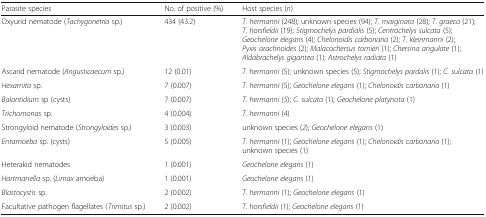
<table><thead><tr><td><b>Parasite species</b></td><td><b>No. of positive (%)</b></td><td><b>Host species (<i>n</i>)</b></td></tr></thead><tbody><tr><td>Oxyurid nematode (<i>Tachygonetria</i> sp.)</td><td>434 (43.2)</td><td><i>T. hermanni</i> (248); unknown species (94); <i>T. marginata</i> (28); <i>T. graeca</i> (21); <i>T. horsfieldii</i> (19); <i>Stigmochelys pardialis</i> (5); <i>Centrochelys sulcata</i> (5); <i>Geochelone elegans</i> (4); <i>Chelonoidis carbonaria</i> (2); <i>T. kleinmanni</i> (2); <i>Pyxis arachnoides</i> (2); <i>Malacochersus tornieri</i> (1); <i>Chersina angulate</i> (1); <i>Aldabrachelys gigantea</i> (1); <i>Astrochelys radiata</i> (1)</td></tr><tr><td>Ascarid nematode (<i>Angusticaecum</i> sp.)</td><td>12 (0.01)</td><td><i>T. hermanni</i> (5); unknown species (5); <i>Stigmochelys pardalis</i> (1); <i>C. sulcata</i> (1)</td></tr><tr><td><i>Hexamita</i> sp.</td><td>7 (0.007)</td><td><i>T. hermanni</i> (5); <i>Geochelone elegans</i> (1); <i>Chelonoidis carbonaria</i> (1)</td></tr><tr><td><i>Balantidium</i> sp (cysts)</td><td>7 (0.007)</td><td><i>T. hermanni</i> (<i>5</i>); <i>C. sulcata</i> (1); <i>Geochelone platynota</i> (1)</td></tr><tr><td><i>Trichomonas</i> sp.</td><td>4 (0.004)</td><td><i>T. hermanni</i> (4)</td></tr><tr><td>Strongyloid nematode (<i>Strongyloides</i> sp.)</td><td>3 (0.003)</td><td>unknown species (<i>2</i>); <i>Geochelone elegans</i> (1)</td></tr><tr><td><i>Entamoeba</i> sp. (cysts)</td><td>5 (0.005)</td><td><i>T. hermanni</i> (1); <i>Geochelone elegans</i> (1); <i>Chelonoidis carbonaria</i> (1); unknown species (1)</td></tr><tr><td>Heterakid nematodes</td><td>1 (0.001)</td><td><i>Geochelone elegans</i> (1)</td></tr><tr><td><i>Hartmanella</i> sp. (<i>Limax</i> amoeba)</td><td>1 (0.001)</td><td><i>Geochelone elegans</i> (1)</td></tr><tr><td><i>Blastocystis</i> sp.</td><td>2 (0.002)</td><td><i>T. hermanni</i> (1); <i>Geochelone elegans</i> (1)</td></tr><tr><td>Facultative pathogen flagellates (<i>Trimitus</i> sp.)</td><td>2 (0.002)</td><td><i>T. horsfieldii</i> (1); <i>Geochelone elegans</i> (1)</td></tr></tbody></table>